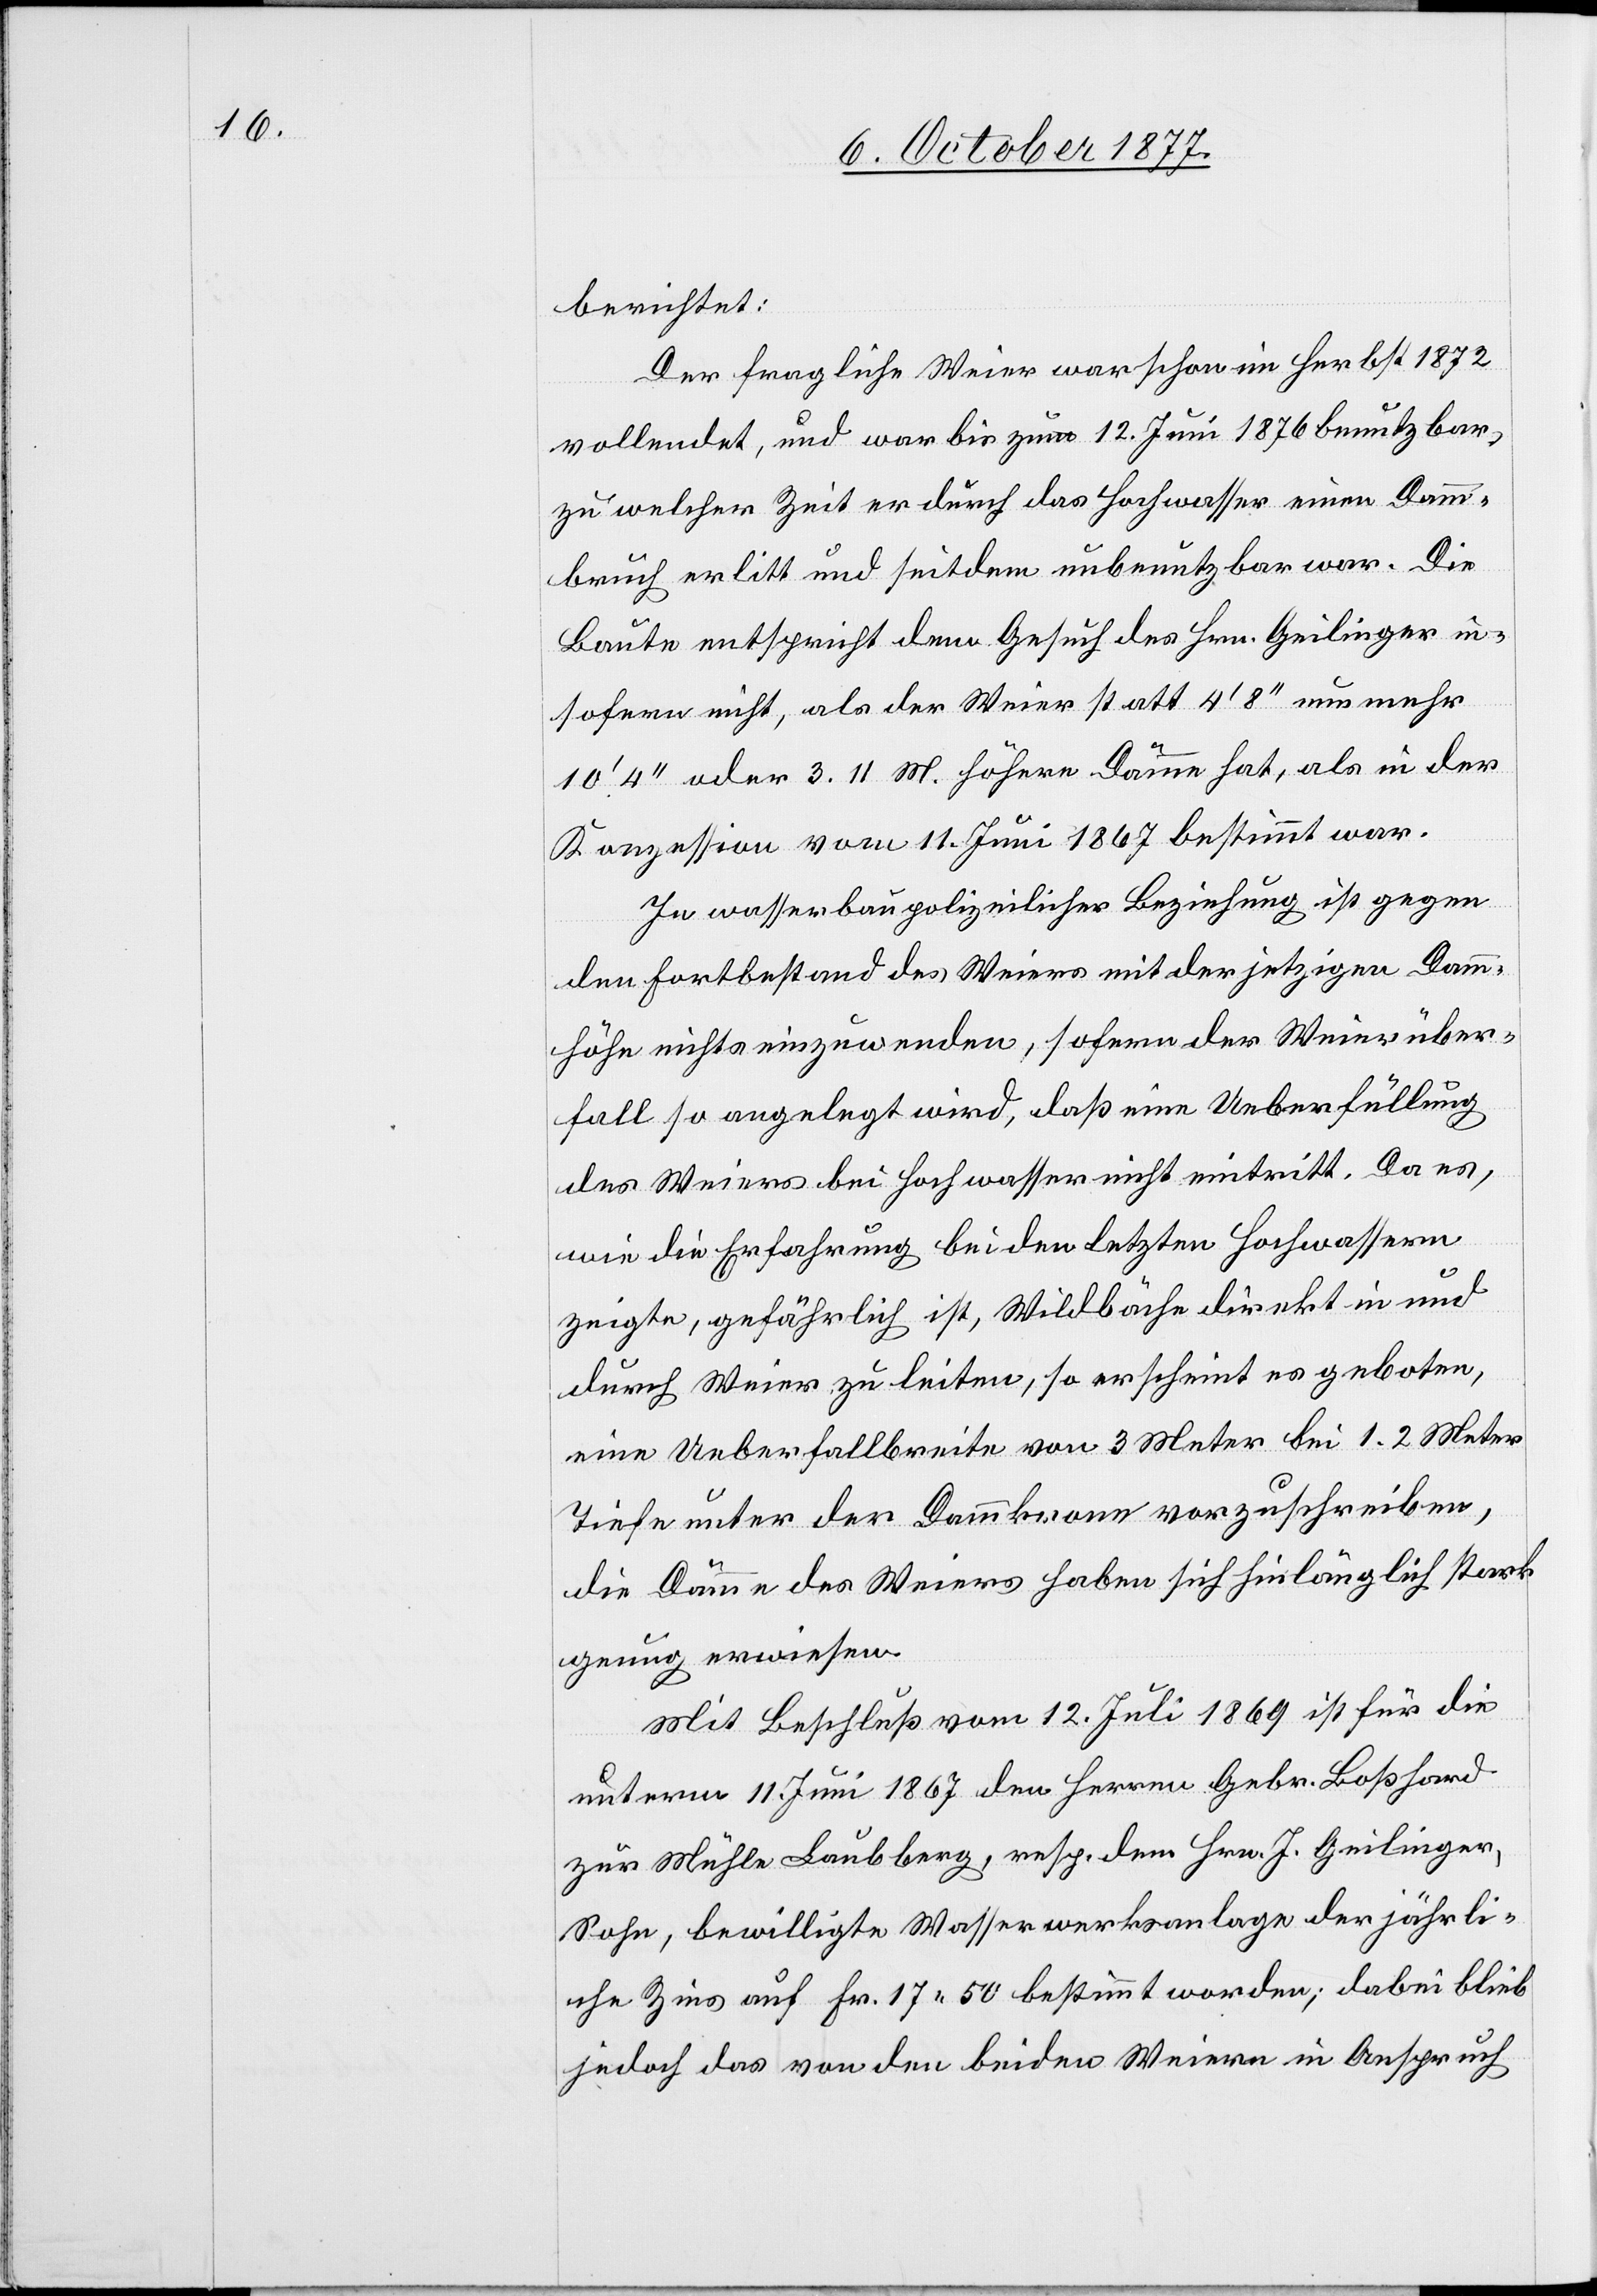
berichtet:
Der fragliche Weier war schon im Herbst 1872
vollendet, und war bis zum 12. Juni 1876 benutzbar,
zu welcher Zeit er durch das Hochwasser einen Damm¬
bruch erlitt und seitdem unbenutzbar war. Die
Baute entspricht dem Gesuch des Hrn. Geilinger in¬
sofern nicht, als der Weier statt 4‘ 8‘‘ nunmehr
10‘ 4‘‘ oder 3.11 M. höhere Dämme hat, als in der
Konzession vom 11. Juni 1867 bestimmt war.
In wasserbaupolizeilicher Beziehung ist gegen
den Fortbestand des Weiers mit der jetzigen Damm¬
höhe nichts einzuwenden, sofern der Weierüber¬
fall so angelegt wird, daß eine Ueberfüllung
des Weiers bei Hochwasser nicht eintritt. Da es,
wie die Erfahrung bei den letzten Hochwassern
zeigte, gefährlich ist, Wildbäche direkt in und
durch Weier zu leiten, so erscheint es geboten,
eine Ueberfallbreite von 3 Meter bei 1.2 Meter
Tiefe unter der Dammkrone vorzuschreiben,
die Dämme des Weiers haben sich hinlänglich stark
genug erwiesen.
Mit Beschluß vom 12. Juli 1869 ist für die
unterm 11. Juni 1867 den Herren Gebr. Boßhard
zur Mühle Laubberg, resp. dem Hrn. J. Geilinger,
Sohn, bewilligte Wasserwerksanlage der jährli¬
che Zins auf Fr. 17 50 bestimmt worden; dabei blieb
jedoch das von den beiden Weiern in Anspruch